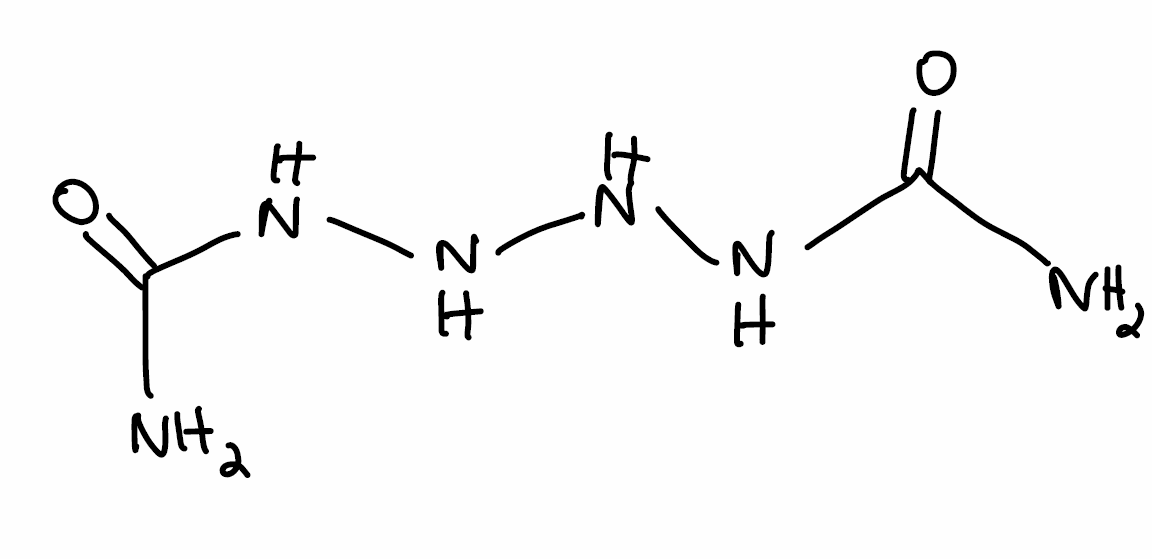
Simplified molecular-input line-entry system (SMILES) notation of the given molecule:
C(=O)(N)NNNNC(=O)N